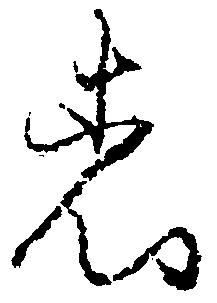
者